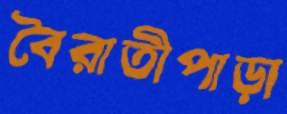
বৈরাতীপাড়া